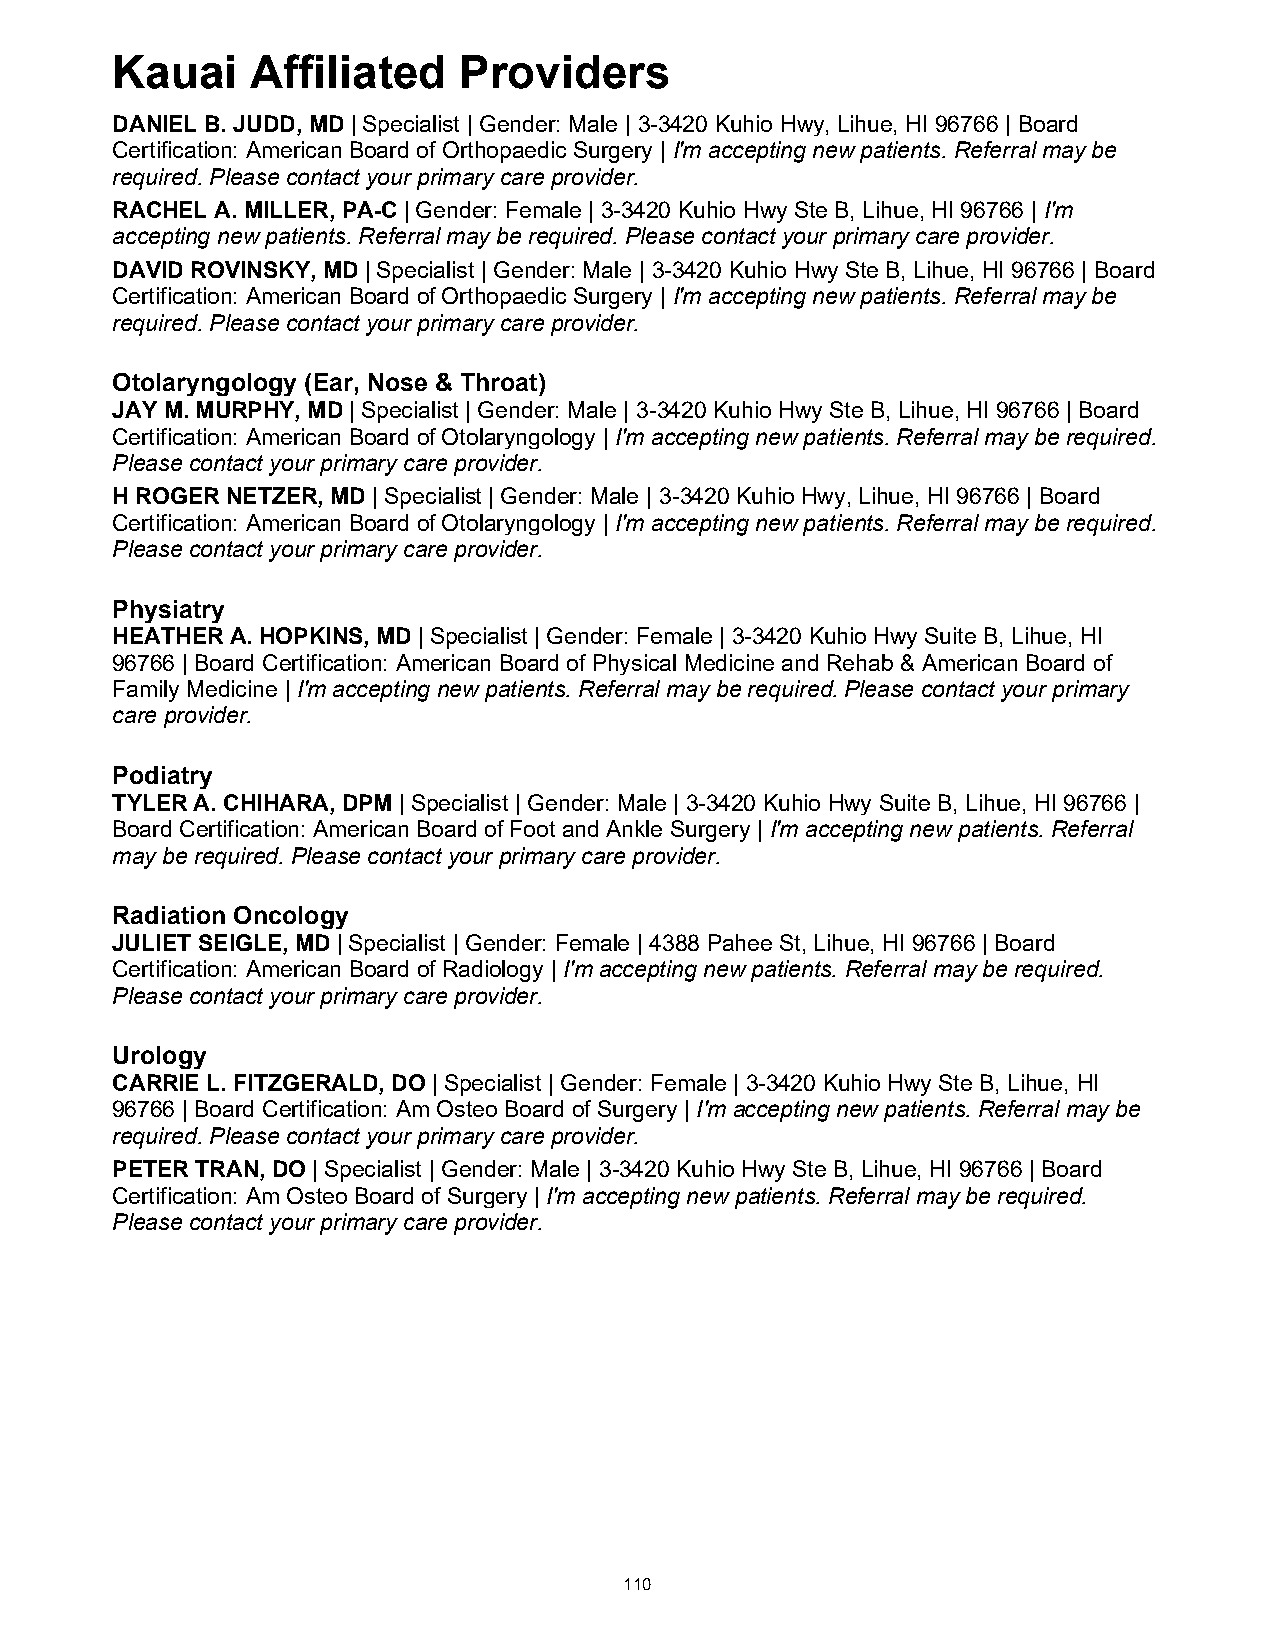
Kauai     Affiliated   Providers
 DANIEL B. JUDD, MD | Specialist | Gender: Male | 3-3420 Kuhio Hwy, Lihue, HI 96766 | Board
 Certification: American Board of Orthopaedic Surgery | I'm accepting new patients. Referral may be
 required. Please contact your primary care provider.
 RACHEL A. MILLER, PA-C | Gender: Female | 3-3420 Kuhio Hwy Ste B, Lihue, HI 96766 | I'm
 accepting new patients. Referral may be required. Please contact your primary care provider.
 DAVID ROVINSKY, MD | Specialist | Gender: Male | 3-3420 Kuhio Hwy Ste B, Lihue, HI 96766 | Board
 Certification: American Board of Orthopaedic Surgery | I'm accepting new patients. Referral may be
 required. Please contact your primary care provider.
 Otolaryngology (Ear, Nose & Throat)
 JAY M. MURPHY, MD | Specialist | Gender: Male | 3-3420 Kuhio Hwy Ste B, Lihue, HI 96766 | Board
 Certification: American Board of Otolaryngology | I'm accepting new patients. Referral may be required.
 Please contact your primary care provider.
 H ROGER NETZER, MD | Specialist | Gender: Male | 3-3420 Kuhio Hwy, Lihue, HI 96766 | Board
 Certification: American Board of Otolaryngology | I'm accepting new patients. Referral may be required.
 Please contact your primary care provider.
 Physiatry
 HEATHER A. HOPKINS, MD | Specialist | Gender: Female | 3-3420 Kuhio Hwy Suite B, Lihue, HI
 96766 | Board Certification: American Board of Physical Medicine and Rehab & American Board of
 Family Medicine | I'm accepting new patients. Referral may be required. Please contact your primary
 care provider.
 Podiatry
 TYLER A. CHIHARA, DPM | Specialist | Gender: Male | 3-3420 Kuhio Hwy Suite B, Lihue, HI 96766 |
 Board Certification: American Board of Foot and Ankle Surgery | I'm accepting new patients. Referral
 may be required. Please contact your primary care provider.
 Radiation Oncology
 JULIET SEIGLE, MD | Specialist | Gender: Female | 4388 Pahee St, Lihue, HI 96766 | Board
 Certification: American Board of Radiology | I'm accepting new patients. Referral may be required.
 Please contact your primary care provider.
 Urology
 CARRIE L. FITZGERALD, DO | Specialist | Gender: Female | 3-3420 Kuhio Hwy Ste B, Lihue, HI
 96766 | Board Certification: Am Osteo Board of Surgery | I'm accepting new patients. Referral may be
 required. Please contact your primary care provider.
 PETER TRAN, DO | Specialist | Gender: Male | 3-3420 Kuhio Hwy Ste B, Lihue, HI 96766 | Board
 Certification: Am Osteo Board of Surgery | I'm accepting new patients. Referral may be required.
 Please contact your primary care provider.
 110